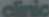
clinic